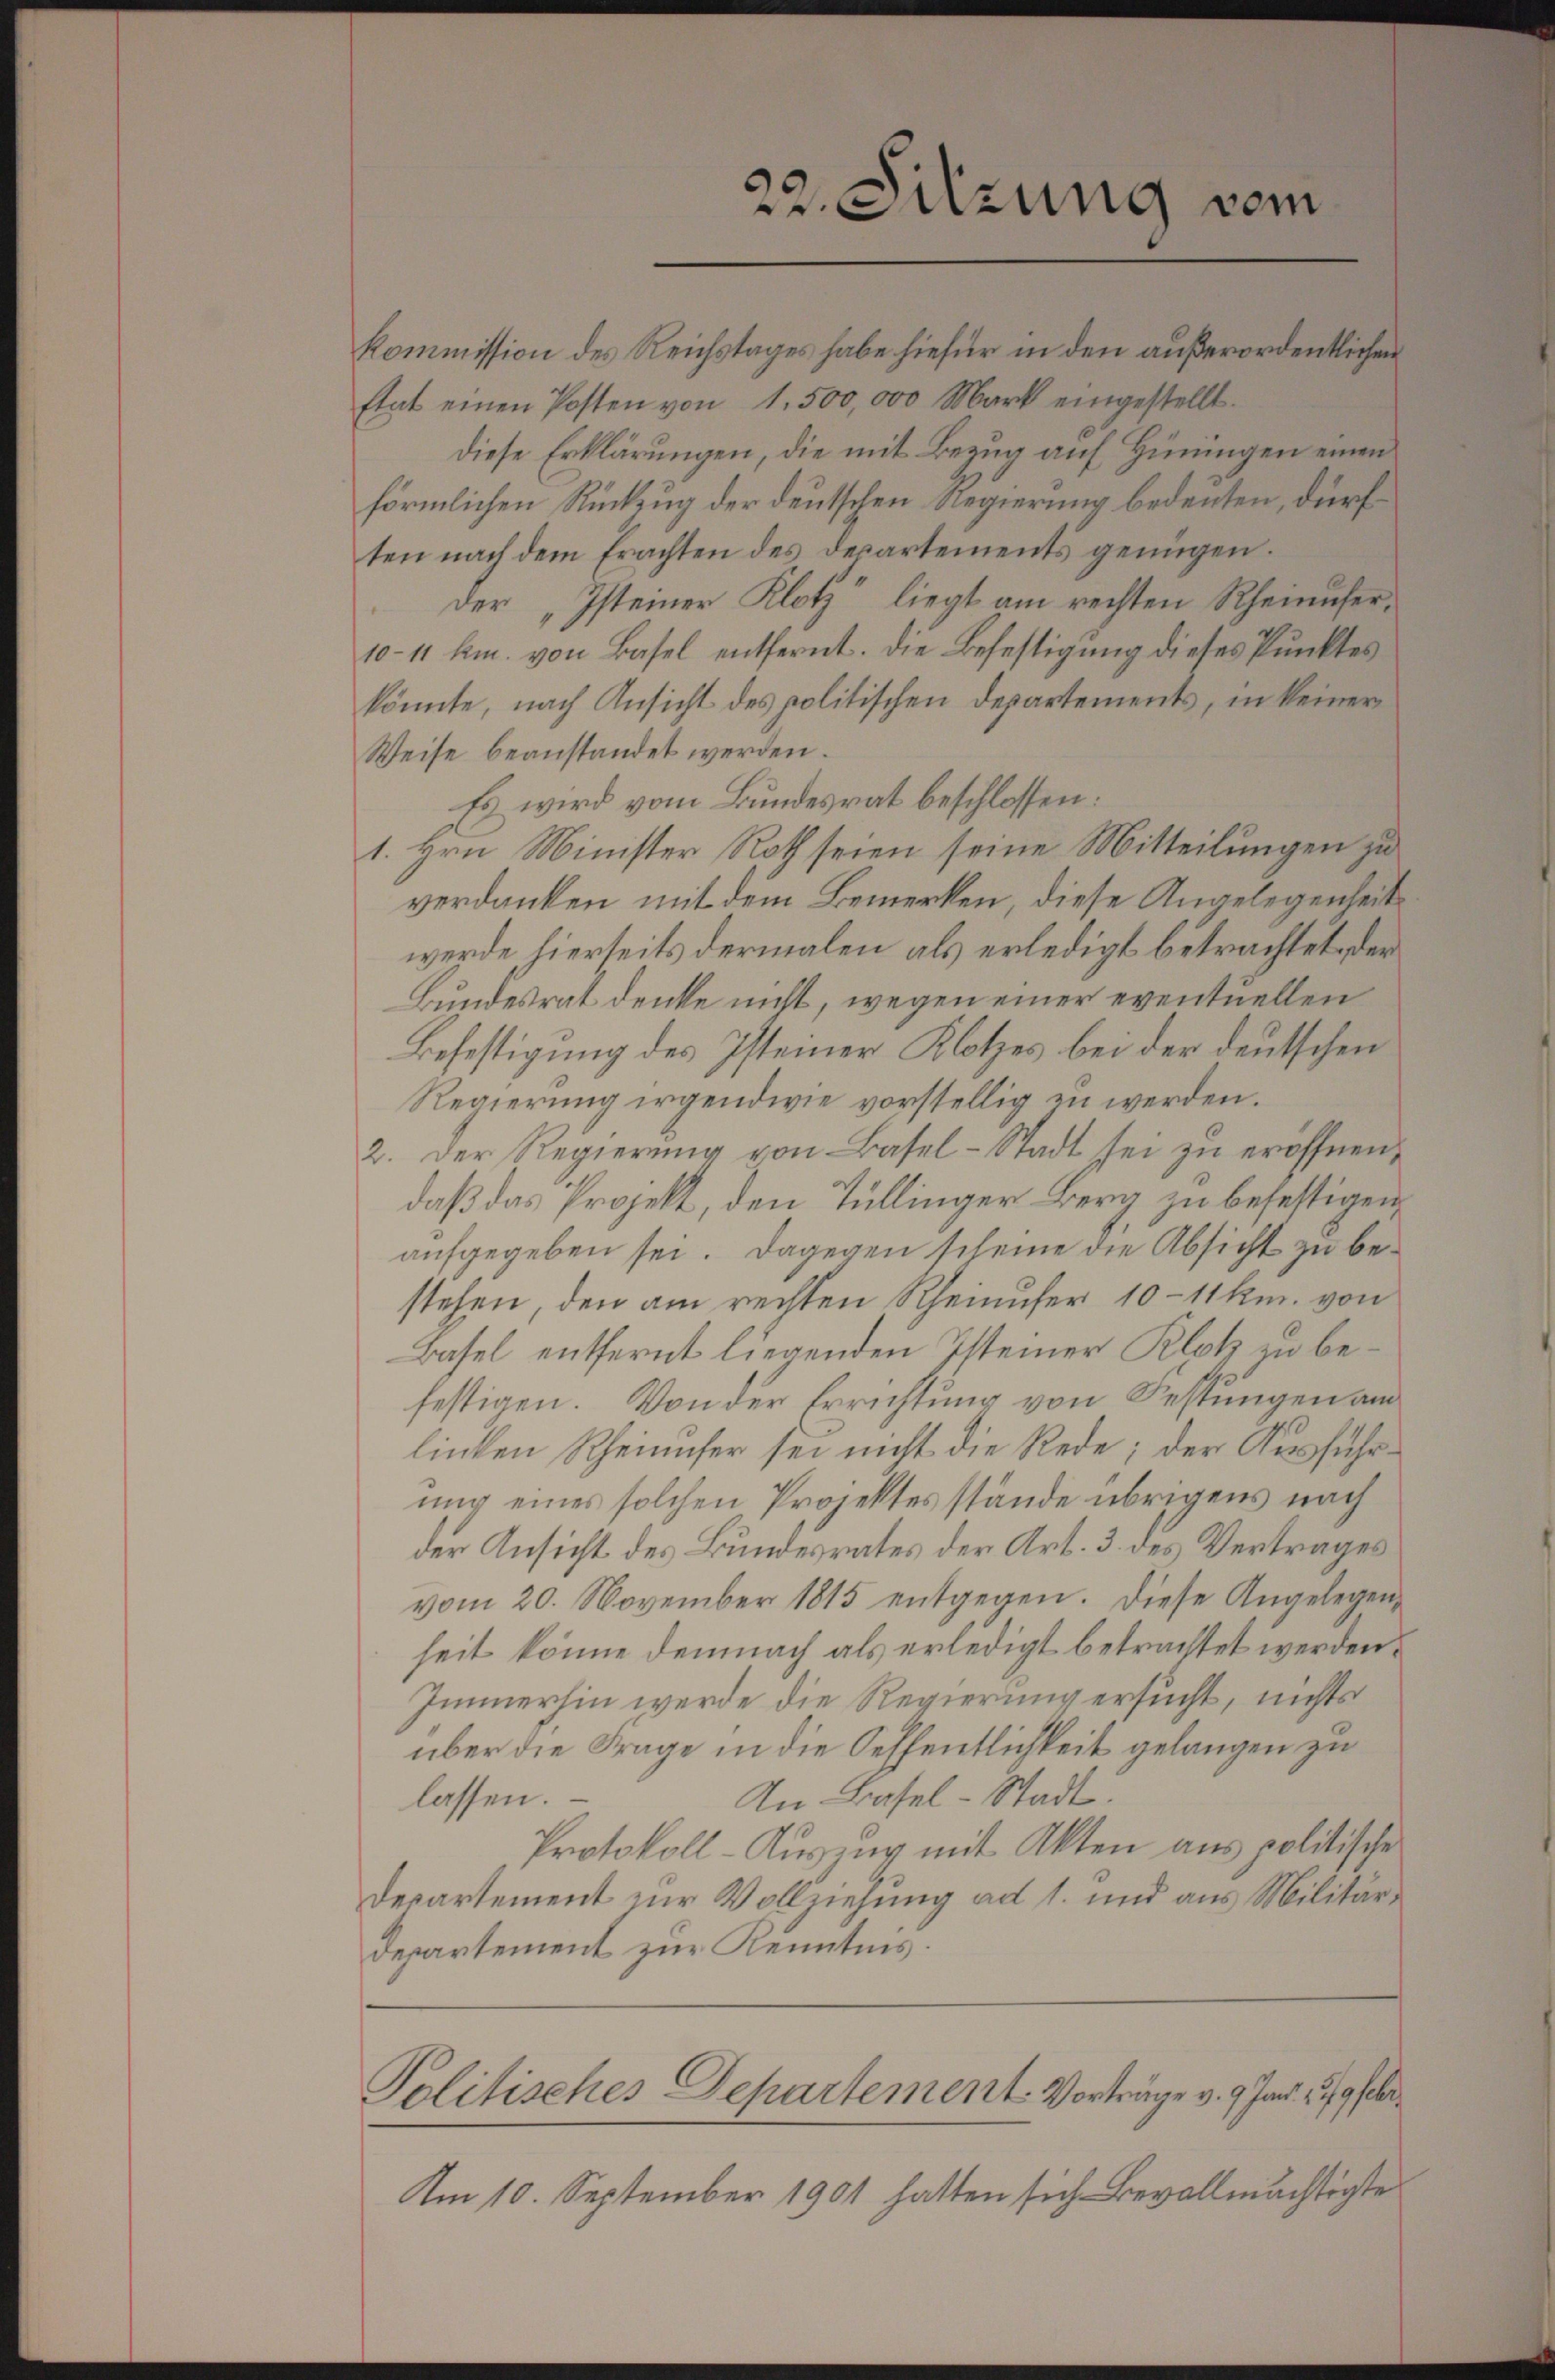
Etat einen Posten von 1. 500,000 Mark eingestellt.
diese Erklärungen, die mit Bezug auf Hinungen einen
förmlichen Rückzug der deutschen Regierung bedeuten, dürften nach dem Erachten des Departements genügen.
der „Isteiner Klotz“ liegt am rechten Rheinufer¬
10–11 km. von Basel entfernt. Die Befestigung dieses Punktes
könnte, nach Ansicht des politischen Departements, in keiner
Weise beanstandet werden.
Es wird vom Bundesrat beschlossen:
1. Hrn. Minister Roth seien seine Mitteilungen zu
verdanken mit dem Bemerken, diese Angelegenheitwerde hierseits dermalen als erledigt betrachtet, der
Bundesrat denke nicht, wegen einer eventuellen
Befestigung des Isteiner Klotzes bei der deutschen
Regierung irgendwie vorstellig zu werden.
2. Der Regierung von Basel-Stadt sei zu eröffnen,
daß das Projekt, den Tüllinger Berg zu befestigen,
aufgegeben sei. Dagegen scheine die Absicht zu bestehen, den am rechten Rheinufer 10–11 km. von
Basel entfernt liegenden Isteiner Klotz zu befestigen. Von der Errichtung von Festungen am
linken Rheinufer sei nicht die Rede; der Ausführung eines solchen Projektes stände übrigens nach
der Ansicht des Bundesrates der Art. 3. des Vertrages
vom 20. November 1815 entgegen. Diese Angelegen
heit könne demnach als erledigt betrachtet werden.
Immerhin werde die Regierung ersucht, nichts
über die Frage in die Oeffentlichkeit gelangen zu
lassen.
An Basel-Stadt.
Protokoll-Aŭszŭg mit Akten aus politische
Departement zur Vollziehung ad 1. und aus Militär¬
Departement zur Kenntnis.

22. Sitzung vom
Kommission des Reichstages habe hiefür in den außerordentlichen

Politisches Departement. Vorträge v. 9. Jan. 179 be

Am 10. September 1901 hatten sich Bevollmächtigte